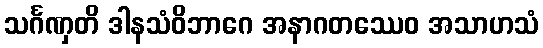
သင်္ဂဏှတိ ဒါနသံဝိဘာဂေ အနာဂတဿေဝ အသာဟသံ